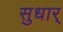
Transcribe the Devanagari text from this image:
सुधार्